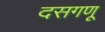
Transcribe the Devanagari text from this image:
दसगणू